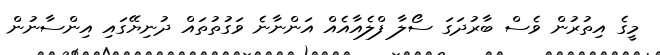
މީގެ އިތުރުން ވެސް ބާރުދަގަ ސޯލާ ފްލެއާއެއް އަންނާނެ ވަގުތުތައް ދުނިޔޭގައި އިންސާނުން